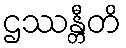
ဌဿန္တီတိ